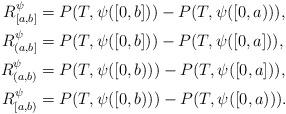
LaTeX: \begin{align*}R^\psi_{[a,b]}&=P(T,\psi([0,b]))-P(T,\psi([0,a))), \\R^\psi_{(a,b]}&=P(T,\psi([0,b]))-P(T,\psi([0,a])), \\R^\psi_{(a,b)}&=P(T,\psi([0,b)))-P(T,\psi([0,a])), \\R^\psi_{[a,b)}&=P(T,\psi([0,b)))-P(T,\psi([0,a))).\end{align*}